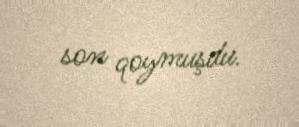
son qoymuşdu.